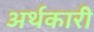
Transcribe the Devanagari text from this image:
अर्थकारी